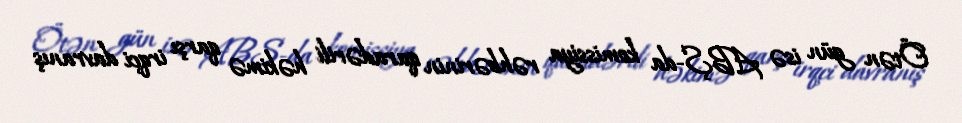
Ötən gün isə ABŞ-da komissiya rəhbərinin qaradərili həkimə qarşı irqçi davranış